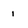
Character: 1